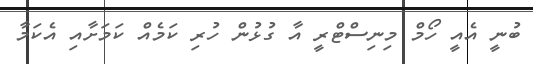
ބުނީ އެއީ ހޯމް މިނިސްޓްރީ އާ ގުޅުން ހުރި ކަމެއް ކަމަށާއި އެކަމާ